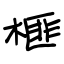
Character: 榧